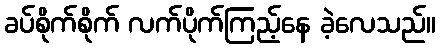
ခပ်စိုက်စိုက် လက်ပိုက်ကြည့်နေ ခဲ့လေသည်။